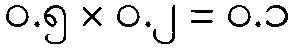
၀.၅ × ၀.၂ = ၀.၁